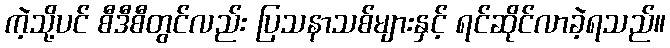
ကဲ့သို့ပင် စီဒီစီတွင်လည်း ပြသနာသစ်များနှင့် ရင်ဆိုင်လာခဲ့ရသည်။